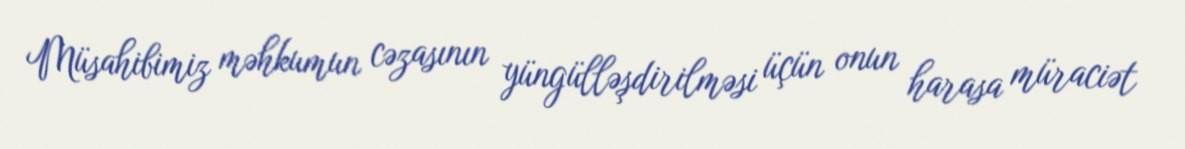
Müsahibimiz məhkumun cəzasının yüngülləşdirilməsi üçün onun harasa müraciət